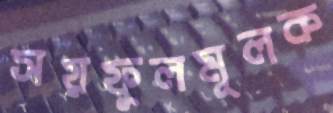
সয়ফুলমূলক